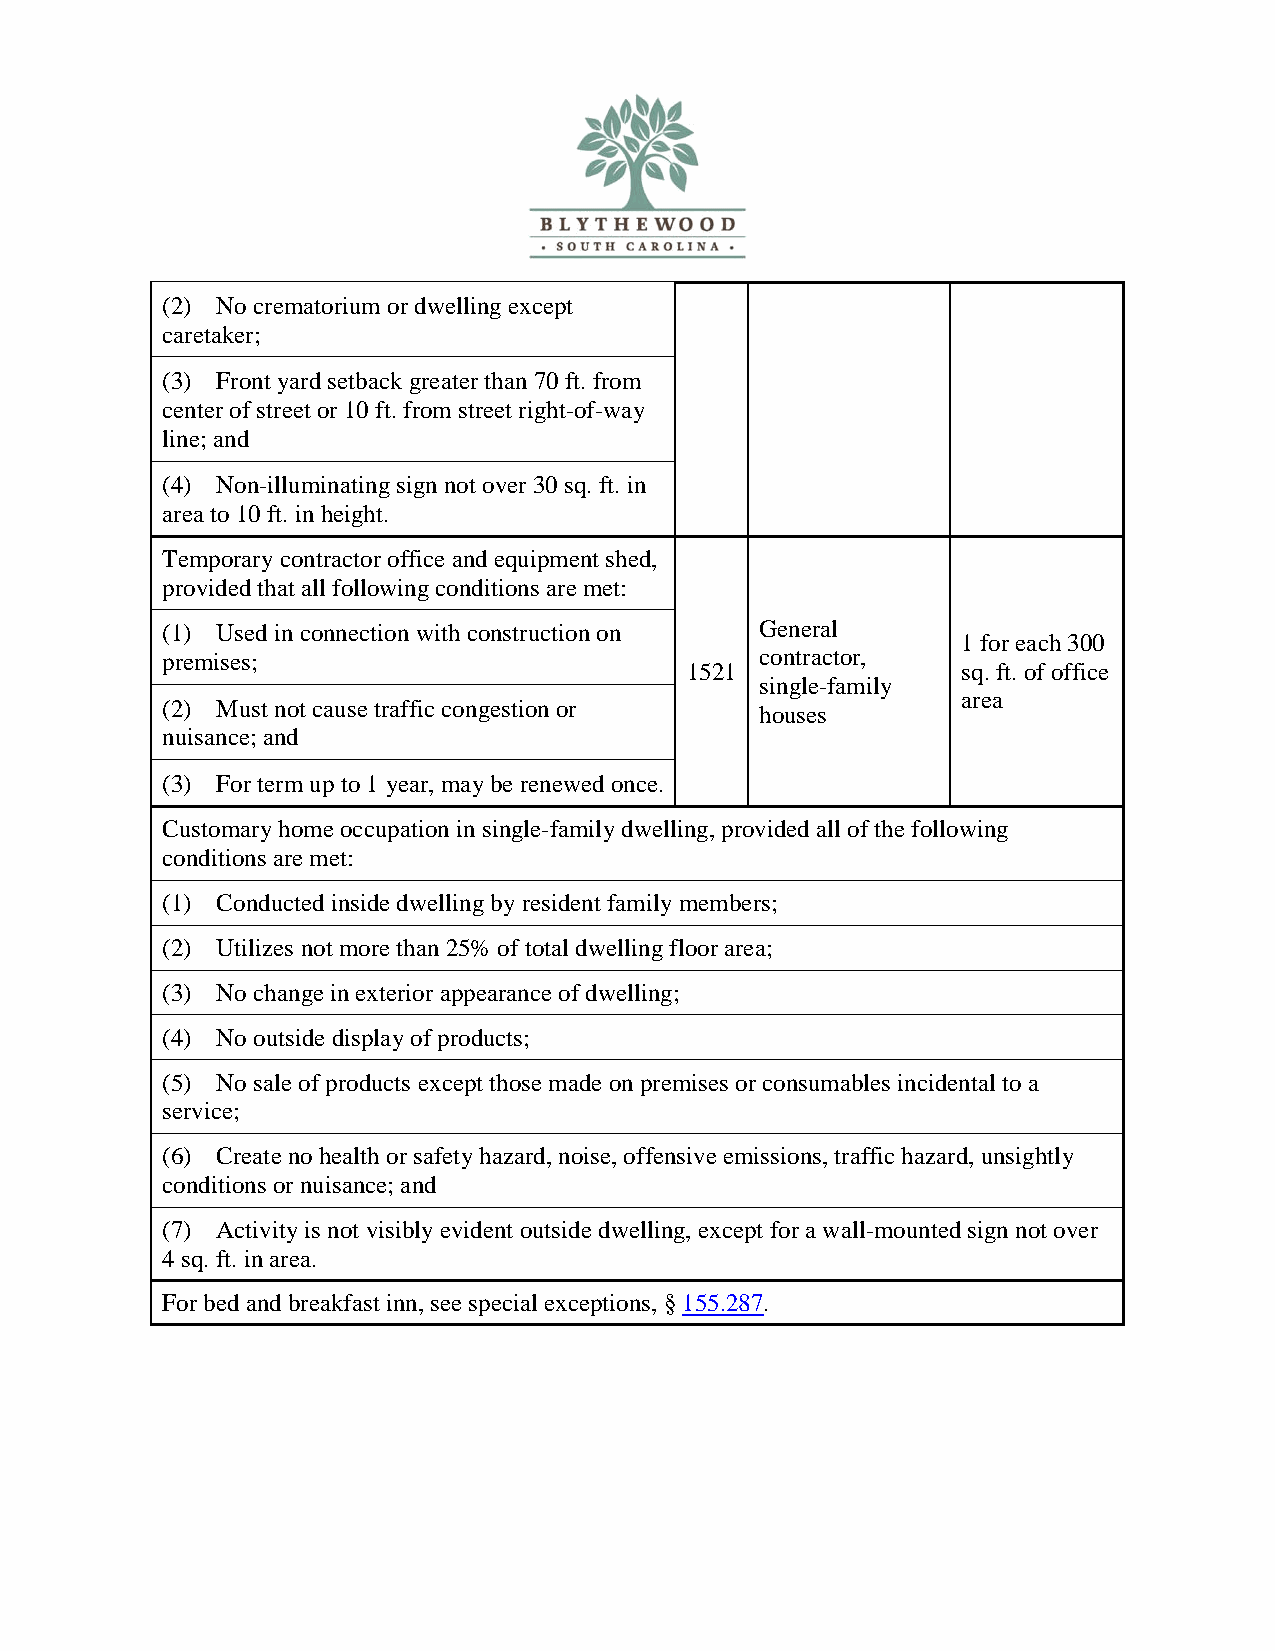
(2) No crematorium or dwelling except
 caretaker;
 (3) Front yard setback greater than 70 ft. from
 center of street or 10 ft. from street right-of-way
 line; and
 (4) Non-illuminating sign not over 30 sq. ft. in
 area to 10 ft. in height.
 Temporary contractor office and equipment shed,
 provided that all following conditions are met:
 (1) Used in connection with construction on General
 1 for each 300
 premises;                              contractor,
 1521               sq. ft. of office
 single-family
 area
 (2) Must not cause traffic congestion or houses
 nuisance; and
 (3) For term up to 1 year, may be renewed once.
 Customary home occupation in single-family dwelling, provided all of the following
 conditions are met:
 (1) Conducted inside dwelling by resident family members;
 (2) Utilizes not more than 25% of total dwelling floor area;
 (3) No change in exterior appearance of dwelling;
 (4) No outside display of products;
 (5) No sale of products except those made on premises or consumables incidental to a
 service;
 (6) Create no health or safety hazard, noise, offensive emissions, traffic hazard, unsightly
 conditions or nuisance; and
 (7) Activity is not visibly evident outside dwelling, except for a wall-mounted sign not over
 4 sq. ft. in area.
 For bed and breakfast inn, see special exceptions, § 155.287.